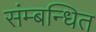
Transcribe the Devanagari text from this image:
संम्बन्धित